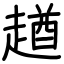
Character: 趥